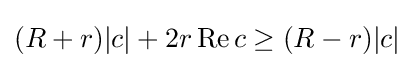
(R+r)|c|+2r\operatorname {Re} c\geq (R-r)|c|